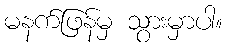
မနက်ဖြန်မှ သွားမှာပါ။